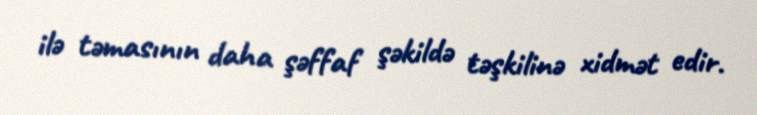
ilə təmasının daha şəffaf şəkildə təşkilinə xidmət edir.